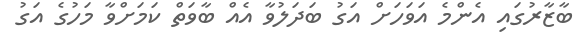
ބާޒާރުގައި އެންމެ އަވަހަށް އަގު ބަދަލުވާ އެއް ބާވަތް ކަމަށްވާ މަހުގެ އަގު